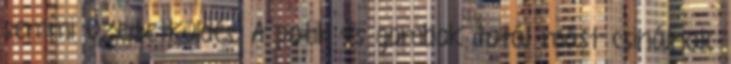
semmi üzenetküldés. A potik és gombok totál mást csinálnak